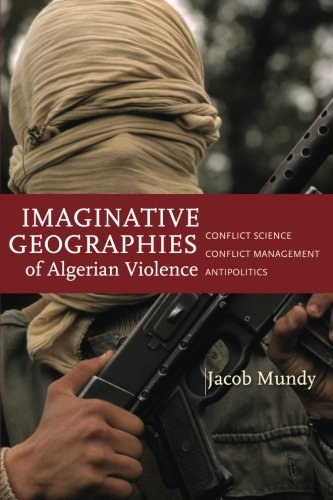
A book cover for Imaginative Geographies of Algerian Violence: Conflict Science, Conflict Management, Antipolitics (Stanford Studies in Middle Eastern and I); Jacob Mundy; History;